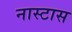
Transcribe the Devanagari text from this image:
नास्टास